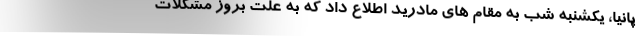
پانیا، یکشنبه شب به مقام های مادرید اطلاع داد که به علت بروز مشکلات